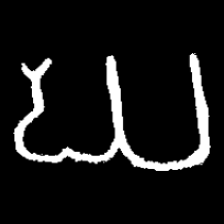
Pyu character \u2014 Myanmar letter: ဃ (romanized: gha)